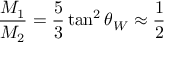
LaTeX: \frac { M _ { 1 } } { M _ { 2 } } = \frac { 5 } { 3 } \tan ^ { 2 } \theta _ { W } \approx \frac { 1 } { 2 }